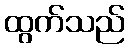
ထွက်သည်